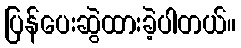
ပြန်ပေးဆွဲထားခဲ့ပါတယ်။